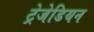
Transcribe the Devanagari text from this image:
ट्रेजेडियन